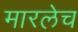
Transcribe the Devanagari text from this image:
मारलेच